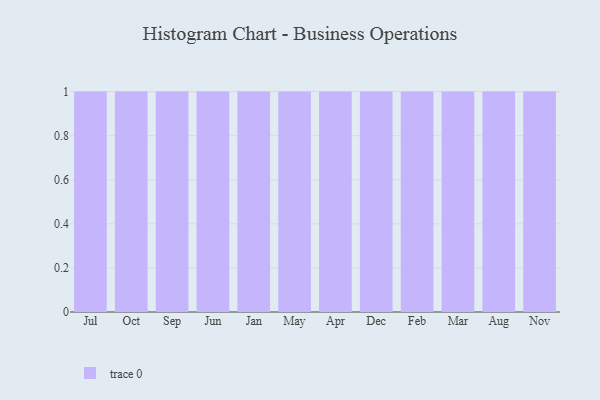
{"axis": {"x": "Month", "y": "Shipments"}, "legend": [""], "data": [{"x": "Jul", "y": 77, "type": ""}, {"x": "Oct", "y": 25, "type": ""}, {"x": "Sep", "y": 16, "type": ""}, {"x": "Jun", "y": 50, "type": ""}, {"x": "Jan", "y": 60, "type": ""}, {"x": "May", "y": 76, "type": ""}, {"x": "Apr", "y": 17, "type": ""}, {"x": "Dec", "y": 33, "type": ""}, {"x": "Feb", "y": 64, "type": ""}, {"x": "Mar", "y": 10, "type": ""}, {"x": "Aug", "y": 79, "type": ""}, {"x": "Nov", "y": 70, "type": ""}]}